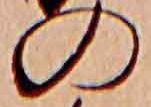
の